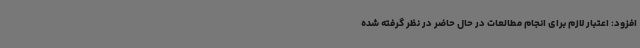
افزود: اعتبار لازم برای انجام مطالعات در حال حاضر در نظر گرفته شده